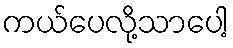
ကယ်ပေလို့သာပေါ့